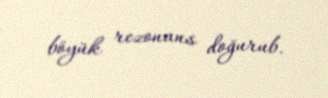
böyük rezonans doğurub.